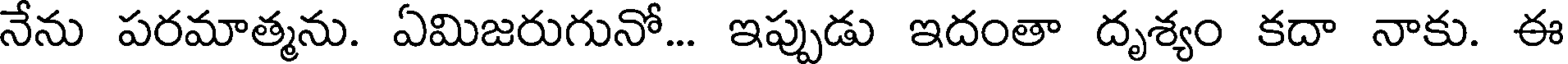
నేను పరమాత్మను. ఏమిజరుగునో... ఇప్పుడు ఇదంతా దృశ్యం కదా నాకు. ఈ